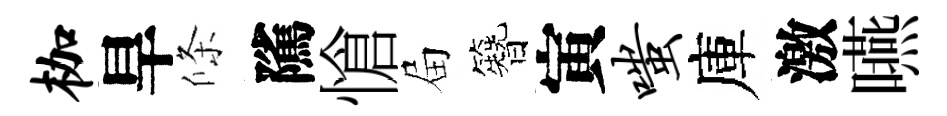
枷旱條隲愴屇簪寅嗤庫激嚥